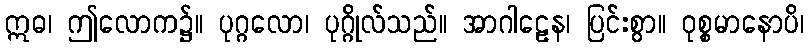
ဣဓ၊ ဤလောက၌။ ပုဂ္ဂလော၊ ပုဂ္ဂိုလ်သည်။ အာဂါဠေန၊ ပြင်းစွာ။ ဝုစ္စမာနောပိ၊